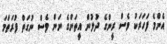
އެންމެ ފަހަރަކު ވެސް ރީންގެ ދުލުން އީތަންގެ ނަން ވެސް ނުގަތް ފުރަތަމަ